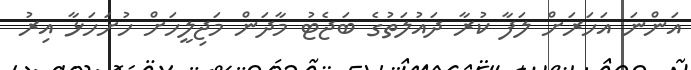
އަންނަ އަހަރަށް ލަފާ ކުރާ ދައުލަތުގެ ބަޖެޓު މާދަން މަޖިލީހަށް ހުށަހަޅާ އިރު